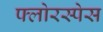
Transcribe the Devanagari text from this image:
फ्लोरस्पेस